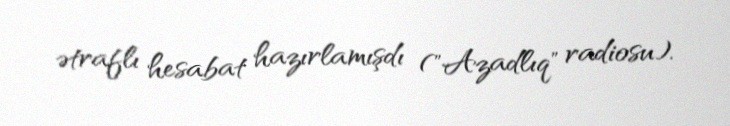
ətraflı hesabat hazırlamışdı ("Azadlıq" radiosu).